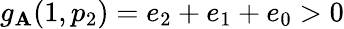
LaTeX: g_{\mathbf{A}}(1,p_{2})=e_{2}+e_{1}+e_{0}>0